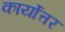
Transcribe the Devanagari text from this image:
कार्योत्तर